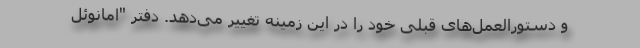
و دستورالعمل‌های قبلی خود را در این زمینه تغییر می‌دهد. دفتر "امانوئل